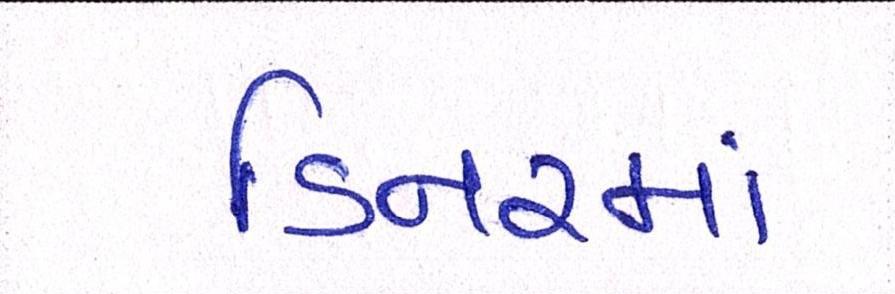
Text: ડિનરમાં